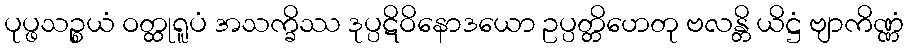
ပုပ္ဖသဉ္စယံ ဝတ္ထုရူပံ အသက္ခိဿ ဒုပ္ပဋိဝိနောဒယော ဥပ္ပတ္တိဟေတု ဗလန္တိ ယိဋ္ဌံ ဗျာကိဏ္ဏံ